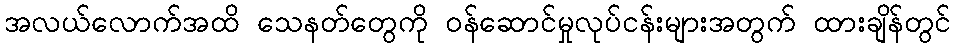
အလယ်လောက်အထိ သေနတ်တွေကို ဝန်ဆောင်မှုလုပ်ငန်းများအတွက် ထားချိန်တွင်